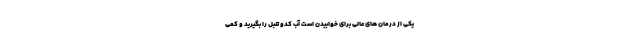
یکی از درمان های عالی برای خوابیدن است آب کدو تنبل را بگیرید و کمی